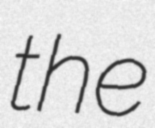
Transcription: the